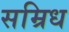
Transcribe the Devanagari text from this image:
सम्रिध